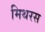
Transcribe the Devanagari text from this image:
मिथरस